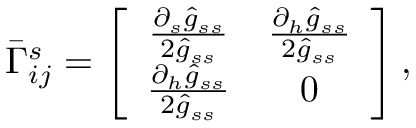
\bar { \Gamma } _ { i j } ^ { s } = \left[ \begin{array} { c c } { \frac { \partial _ { s } \hat { g } _ { s s } } { 2 \hat { g } _ { s s } } } & { \frac { \partial _ { h } \hat { g } _ { s s } } { 2 \hat { g } _ { s s } } } \\ { \frac { \partial _ { h } \hat { g } _ { s s } } { 2 \hat { g } _ { s s } } } & { 0 } \end{array} \right] ,